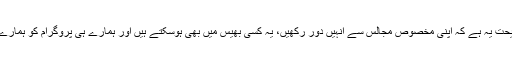
اس واقعہ میں ہمارے لئے نصیحت یہ ہے کہ اپنی مخصوص مجالس سے انہیں دور رکھیں، یہ کسی بھیس میں بھی ہوسکتے ہیں اور ہمارے ہی پروگرام کو ہمارے خلاف مورچہ بنا سکتے ہیں ۔